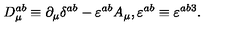
D _ { \mu } ^ { a b } \equiv \partial _ { \mu } \delta ^ { a b } - \varepsilon ^ { a b } A _ { \mu } , \varepsilon ^ { a b } \equiv \varepsilon ^ { a b 3 } .